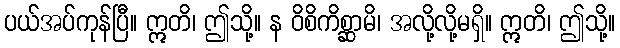
ပယ်အပ်ကုန်ပြီ။ ဣတိ၊ ဤသို့။ န ဝိစိကိစ္ဆာမိ၊ အလို့လို့မရှိ။ ဣတိ၊ ဤသို့။